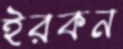
ইরকন